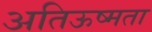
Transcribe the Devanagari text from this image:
अतिऊष्मता